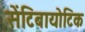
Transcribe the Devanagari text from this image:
सेंटिबायोटिक